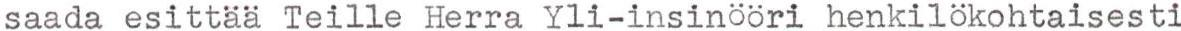
saada esittää Teille Herra Yli-insinööri henkilökohtaisesti